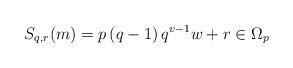
LaTeX: \begin{align*}S_{q,r}(m) = p \left(q - 1 \right) q^{v-1} w + r \in \Omega_p \end{align*}